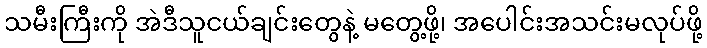
သမီးကြီးကို အဲဒီသူငယ်ချင်းတွေနဲ့ မတွေ့ဖို့၊ အပေါင်းအသင်းမလုပ်ဖို့